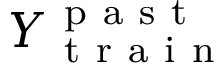
Y _ { \mathrm { ~ t ~ r ~ a ~ i ~ n ~ } } ^ { \mathrm { ~ p ~ a ~ s ~ t ~ } }